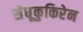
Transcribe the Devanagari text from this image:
सेधूकुकिरेन